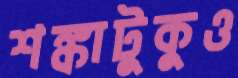
শঙ্কাটুকুও